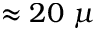
\approx 2 0 ~ \mu